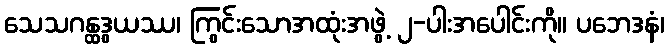
သေသဂန္ထဒွယဿ၊ ကြွင်းသောအထုံးအဖွဲ့ ၂-ပါးအပေါင်းကို။ ပဘေဒနံ၊